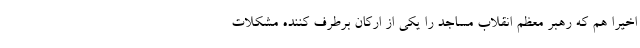
اخیراً هم که رهبر معظم انقلاب مساجد را یکی از ارکان برطرف کننده مشکلات